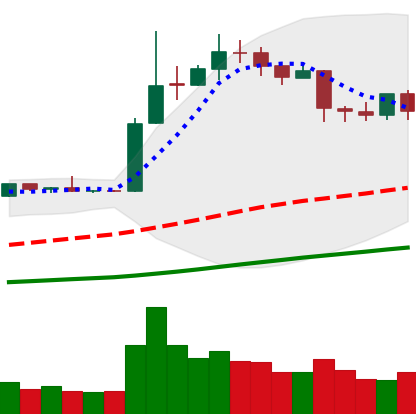
Ticker: LTC-USD
Chart end date: 2019-04-15
Forward return: 3.109%
Label: up_3_5